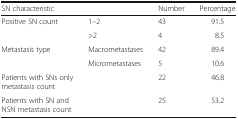
<table><thead><tr><td colspan="2"><b>SN characteristic</b></td><td><b>Number</b></td><td><b>Percentage</b></td></tr></thead><tbody><tr><td rowspan="2">Positive SN count</td><td>1–2</td><td>43</td><td>91.5</td></tr><tr><td>&gt;2</td><td>4</td><td>8.5</td></tr><tr><td rowspan="2">Metastasis type</td><td>Macrometastases</td><td>42</td><td>89.4</td></tr><tr><td>Micrometastases</td><td>5</td><td>10.6</td></tr><tr><td>Patients with SNs only metastasis count</td><td></td><td>22</td><td>46.8</td></tr><tr><td>Patients with SN and NSN metastasis count</td><td></td><td>25</td><td>53.2</td></tr></tbody></table>